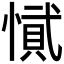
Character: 𭞎